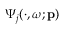
\boldsymbol { \Psi } _ { j } ( \cdot , \boldsymbol { \omega } ; \mathbf { p } )